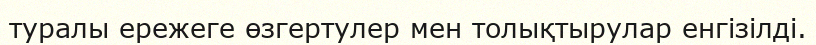
туралы ережеге өзгертулер мен толықтырулар енгізілді.